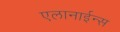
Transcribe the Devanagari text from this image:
एलानाईन्स